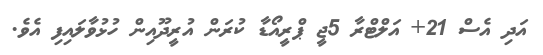
އަދި އެސް 21+ އަލްޓްރާ 5ޖީ ޕްރީއޯޑާ ކުރަން އުރީދޫއިން ހުޅުވާލައިފި އެވެ.